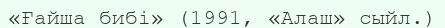
«Ғайша бибі» (1991, «Aлаш» сыйл.)